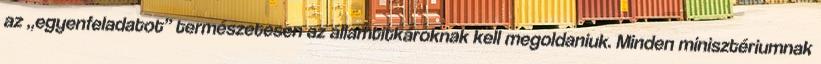
az „e­gyenfeladatot” természetesen az államtitkárok­nak kell meg­ol­daniuk. Minden minisztériumnak